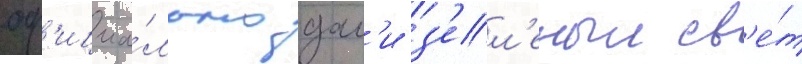
оф'ициа́льно дал'и з'ел'еныи св'е́т